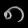
Digit: ၈